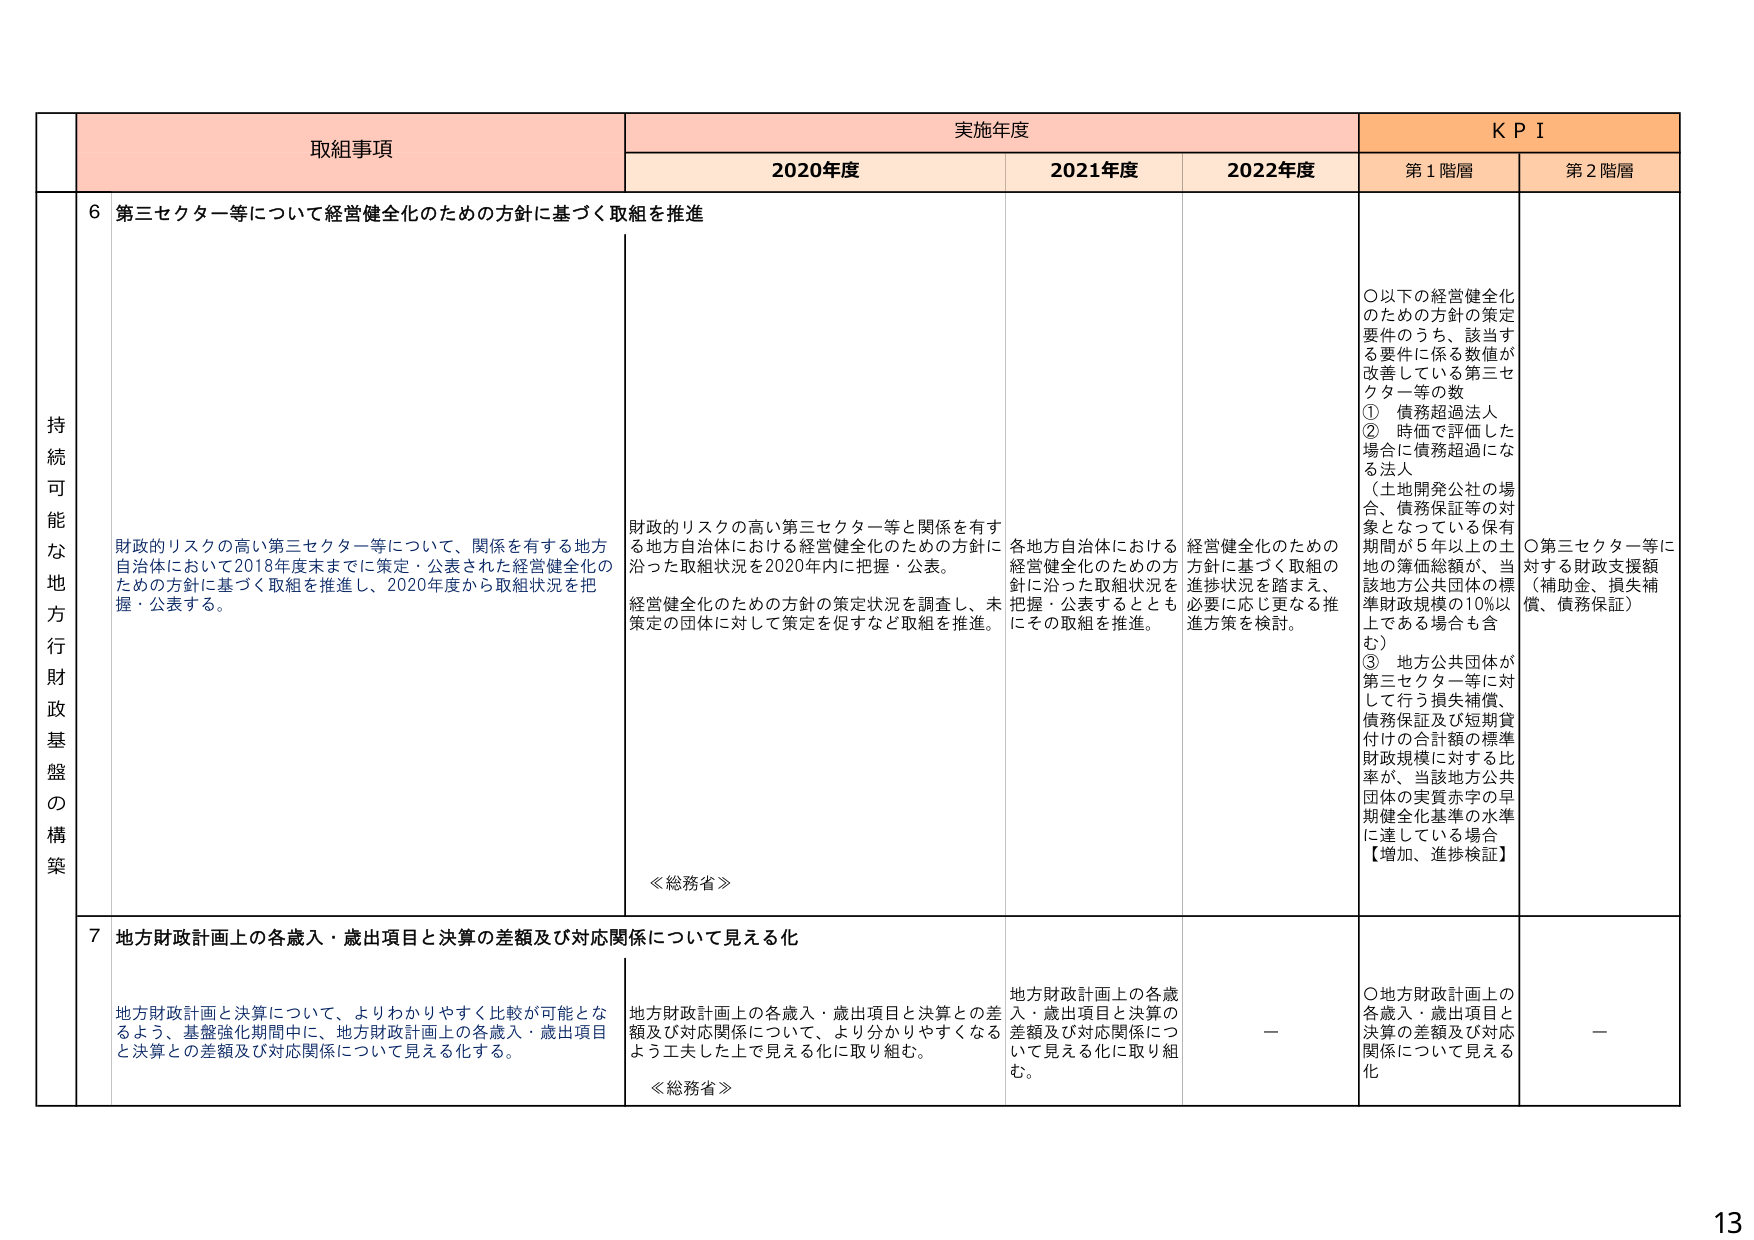
持続可能な地方行政財政基盤の構築

取組事項

実施年度

KPI

2020年度

2021年度

2022年度

第1階層

第2階層

6 第三セクター等について経営健全化のための方針に基づく取組を推進

財政的リスクの高い第三セクター等について、関係を有する地方自治体において2018年度末までに策定・公表された経営健全化のための方針に基づく取組を推進し、2020年度から取組状況を把握・公表する。

財政的リスクの高い第三セクター等と関係を有する地方自治体における経営健全化のための方針に沿った取組状況を2020年内に把握・公表。経営健全化のための方針の策定状況を調査し、未策定の団体に対しては策定を促すなど取組を推進。

≪総務省≫

各地方自治体における経営健全化のための方針に沿った取組状況を把握・公表するとともにその取組を推進。

経営健全化のための方針に基づく取組の進捗状況を踏まえ、必要に応じ更なる推進方策を検討。

○以下の経営健全化のための方針の策定要件のうち、該当する要件に係る数値が改善している第三セクター等の数
① 債務超過法人
② 時価で評価した場合に債務超過になる法人（土地開発公社の場合、債務保証等の対象となっている保有期間が5年以上の土地の簿価総額が、当該地方公共団体の標準財政規模の10％以上である場合も含む）
③ 地方公共団体が第三セクター等に対して行う損失補償、債務保証及び短期貸付けの合計額の標準財政規模に対する比率が、当該地方公共団体の実質赤字の早期健全化基準の水準に達している場合
【増加、進捗検証】

○第三セクター等に対する財政支援額（補助金、損失補償、債務保証）

7 地方財政計画上の各歳入・歳出項目と決算の差額及び対応関係について見える化

地方財政計画と決算について、よりわかりやすく比較が可能となるよう、基盤強化期間中に、地方財政計画上の各歳入・歳出項目と決算との差額及び対応関係について見える化する。

地方財政計画上の各歳入・歳出項目と決算との差額及び対応関係について、より分かりやすくなるよう工夫した上で見える化に取り組む。

≪総務省≫

地方財政計画上の各歳入・歳出項目と決算の差額及び対応関係について見える化に取り組む。

ー

○地方財政計画上の各歳入・歳出項目と決算の差額及び対応関係について見える化

ー

13